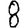
Digit: 8